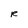
Character: R